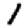
Digit: 1